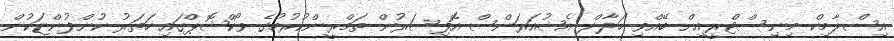
އިސްލާމިކް މިނިސްޓްރީއިން ބޭއްވި ހަލާލް އެޝުއަރަންސް އޮފިސަރުން ތަމްރީންކުރުމުގެ ވޯކްޝޮޕްގައި ހަތަރު ކުންފުންޏަކުން